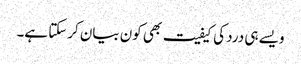
ویسے ہی درد کی کیفیت بھی کون بیان کرسکتا ہے۔